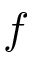
f